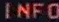
INFO